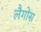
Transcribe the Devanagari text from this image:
लैगोस